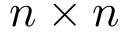
n \times n